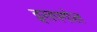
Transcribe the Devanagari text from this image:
इसपगोल